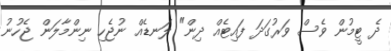
ދެ ޓީމުން ވެސް ވަރުގަދަ ފައިޓެއް ދިން" ލަނޑެއް ނުޖެހި ނިންމާލަން ޖެހުނު